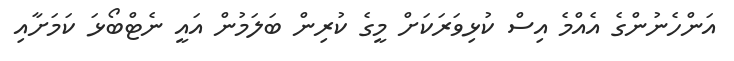
އަންހެނުންގެ އެއްމެ އިސް ކުޅިވަރަކަށް މީގެ ކުރިން ބަލަމުން އައީ ނެޓްބޯޅަ ކަމަށާއި